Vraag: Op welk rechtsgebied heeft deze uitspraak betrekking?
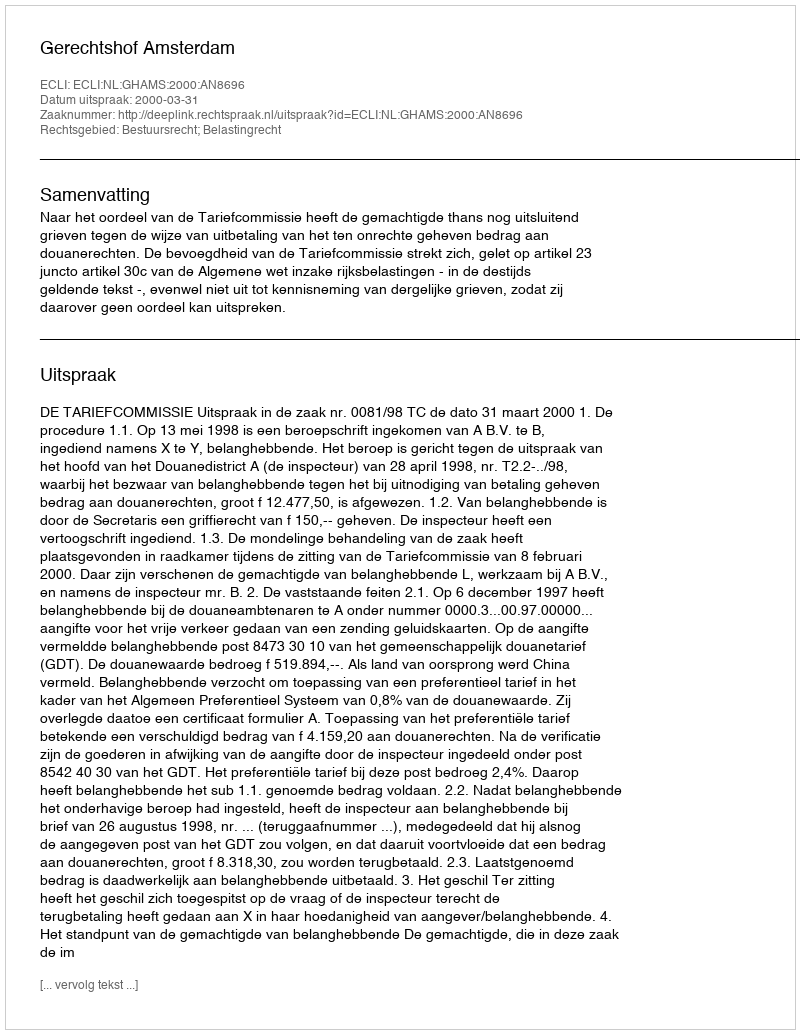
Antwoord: Bestuursrecht; Belastingrecht